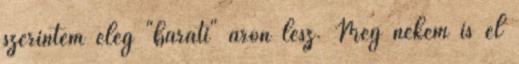
szerintem elég "baráti" áron lesz. Még nekem is el